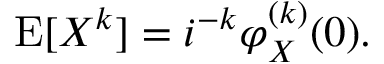
\operatorname { E } [ X ^ { k } ] = i ^ { - k } \varphi _ { X } ^ { ( k ) } ( 0 ) .